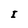
Character: I